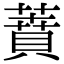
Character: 蕡